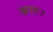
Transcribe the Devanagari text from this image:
काट।